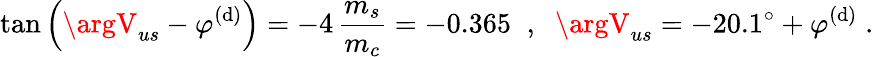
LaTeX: \tan\left(\argV_{us}-\varphi^{(\mathrm{d})}\right)=-4\, \frac{{m_{s}}}{{m_{c}}}=-0.365\; \; ,\; \; \argV_{us}=-20.1^{\circ}+\varphi^{(\mathrm{d})}\; .